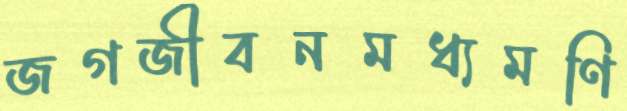
জগজীবনমধ্যমণি